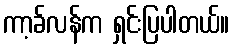
ကာ့ခ်လန်က ရှင်းပြပါတယ်။